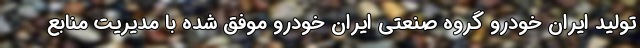
تولید ایران خودرو گروه صنعتی ایران خودرو موفق شده با مدیریت منابع